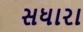
સધારા